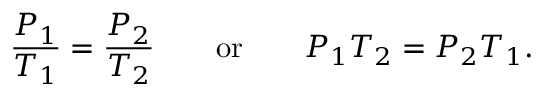
{ \frac { P _ { 1 } } { T _ { 1 } } } = { \frac { P _ { 2 } } { T _ { 2 } } } \qquad { \mathrm { o r } } \qquad P _ { 1 } T _ { 2 } = P _ { 2 } T _ { 1 } .